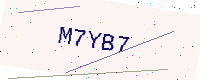
Text: M7YB7